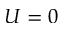
U = 0